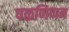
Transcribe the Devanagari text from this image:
पळणिप्पन